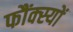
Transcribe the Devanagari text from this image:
फौंक्स्यों